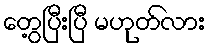
တွေ့ပြီးပြီ မဟုတ်လား